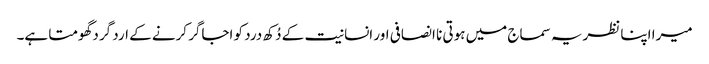
میرا اپنا نظریہ سماج میں ہوتی نا انصافی اور انسانیت کے دُکھ درد کو اجاگر کرنے کے ارد گرد گھومتا ہے۔